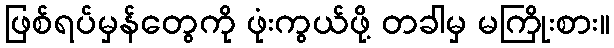
ဖြစ်ရပ်မှန်တွေကို ဖုံးကွယ်ဖို့ တခါမှ မကြိုးစား။